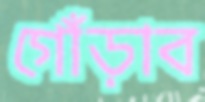
গোঁড়াব